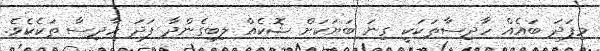
މިފަދަ ބައެއް ހާދިސާތަކަކީ ގިނަ ބަޔަކަށް ޝޮކެއް ލިބިގެންދާ ފަދަ ހާދިސާ ތަކެކެވެ.